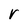
Character: r